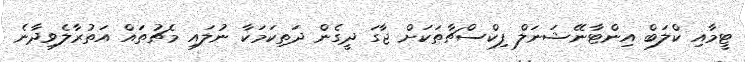
ޓީމާއި ކްލަބް އިންޓާނޭޝަނަލް ފިކްސްޗާތަކަށް ޖާގަ ދީގެން ދަތިކަމަކާ ނުލައި މެޗުތައް އަތުރާލެވިދާނެ